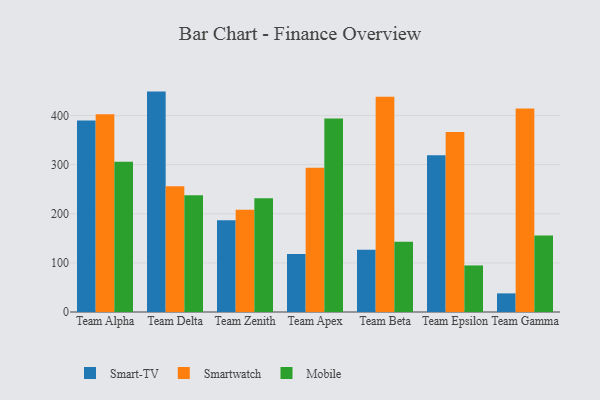
{"axis": {"x": "Team", "y": "Production Output"}, "legend": ["Mobile", "Smart-TV", "Smartwatch"], "data": [{"x": "Team Alpha", "y": 390.1, "type": "Smart-TV"}, {"x": "Team Alpha", "y": 402.8, "type": "Smartwatch"}, {"x": "Team Alpha", "y": 306.2, "type": "Mobile"}, {"x": "Team Delta", "y": 448.8, "type": "Smart-TV"}, {"x": "Team Delta", "y": 256.2, "type": "Smartwatch"}, {"x": "Team Delta", "y": 237.7, "type": "Mobile"}, {"x": "Team Zenith", "y": 186.9, "type": "Smart-TV"}, {"x": "Team Zenith", "y": 208.3, "type": "Smartwatch"}, {"x": "Team Zenith", "y": 231.4, "type": "Mobile"}, {"x": "Team Apex", "y": 118.0, "type": "Smart-TV"}, {"x": "Team Apex", "y": 293.7, "type": "Smartwatch"}, {"x": "Team Apex", "y": 393.9, "type": "Mobile"}, {"x": "Team Beta", "y": 126.9, "type": "Smart-TV"}, {"x": "Team Beta", "y": 438.3, "type": "Smartwatch"}, {"x": "Team Beta", "y": 143.0, "type": "Mobile"}, {"x": "Team Epsilon", "y": 319.4, "type": "Smart-TV"}, {"x": "Team Epsilon", "y": 366.4, "type": "Smartwatch"}, {"x": "Team Epsilon", "y": 94.8, "type": "Mobile"}, {"x": "Team Gamma", "y": 37.9, "type": "Smart-TV"}, {"x": "Team Gamma", "y": 414.3, "type": "Smartwatch"}, {"x": "Team Gamma", "y": 155.6, "type": "Mobile"}]}